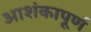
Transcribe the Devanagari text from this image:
आशंकापूर्ण